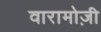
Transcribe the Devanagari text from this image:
वारामोज़ी